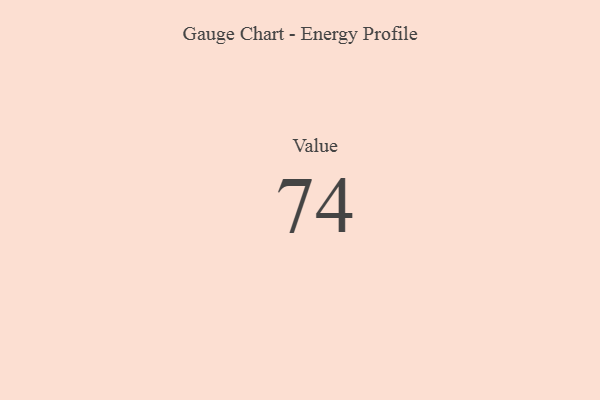
{"axis": {"x": "Metric", "y": "Value"}, "legend": [""], "data": [{"x": "Value", "y": 74, "type": ""}]}